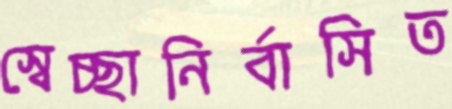
স্বেচ্ছানির্বাসিত